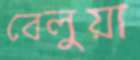
বেলুয়া